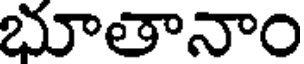
భూతానాం